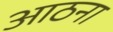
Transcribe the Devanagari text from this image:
आठना